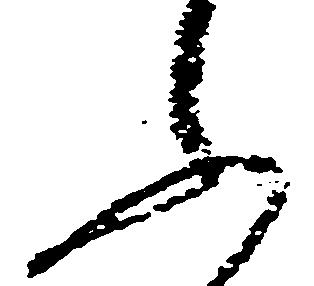
ふ